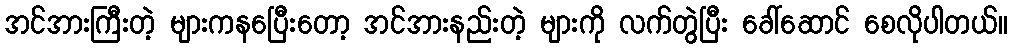
အင်အားကြီးတဲ့ များကနပြေီးတော့ အင်အားနည်းတဲ့ များကို လက်တွဲပြီး ခေါ်ဆောင် စေလိုပါတယ်။